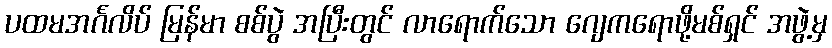
ပထမအင်္ဂလိပ် မြန်မာ စစ်ပွဲ အပြီးတွင် လာရောက်သော ဂျေကရောဖို့မစ်ရှင် အဖွဲ့မှ